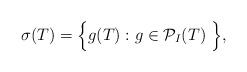
LaTeX: \begin{align*} \sigma(T)= \Big\{g(T): g\in\mathcal{P}_I(T) \ \Big\}, \end{align*}